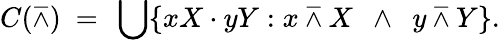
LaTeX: C(\barwedge)\ =\ \bigcup\{ xX\cdot yY:x\barwedge X\ \ \land\ \ y\barwedge Y\} .